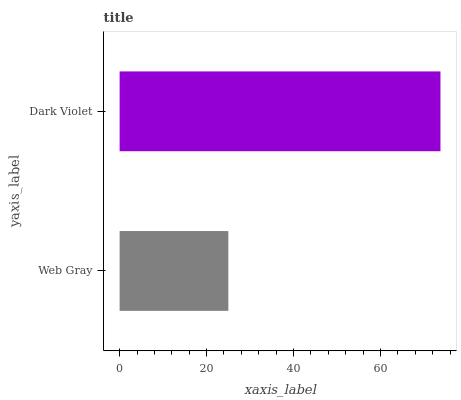
| yaxis_label | bars |
 | --- | --- |
 | Web Gray | 25 |
 | Dark Violet | 73.8 |